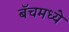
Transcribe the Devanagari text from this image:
बॅचमध्ये